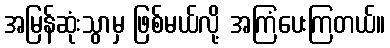
အမြန်ဆုံးသွာမှ ဖြစ်မယ်လို့ အကြံပေးကြတယ်။